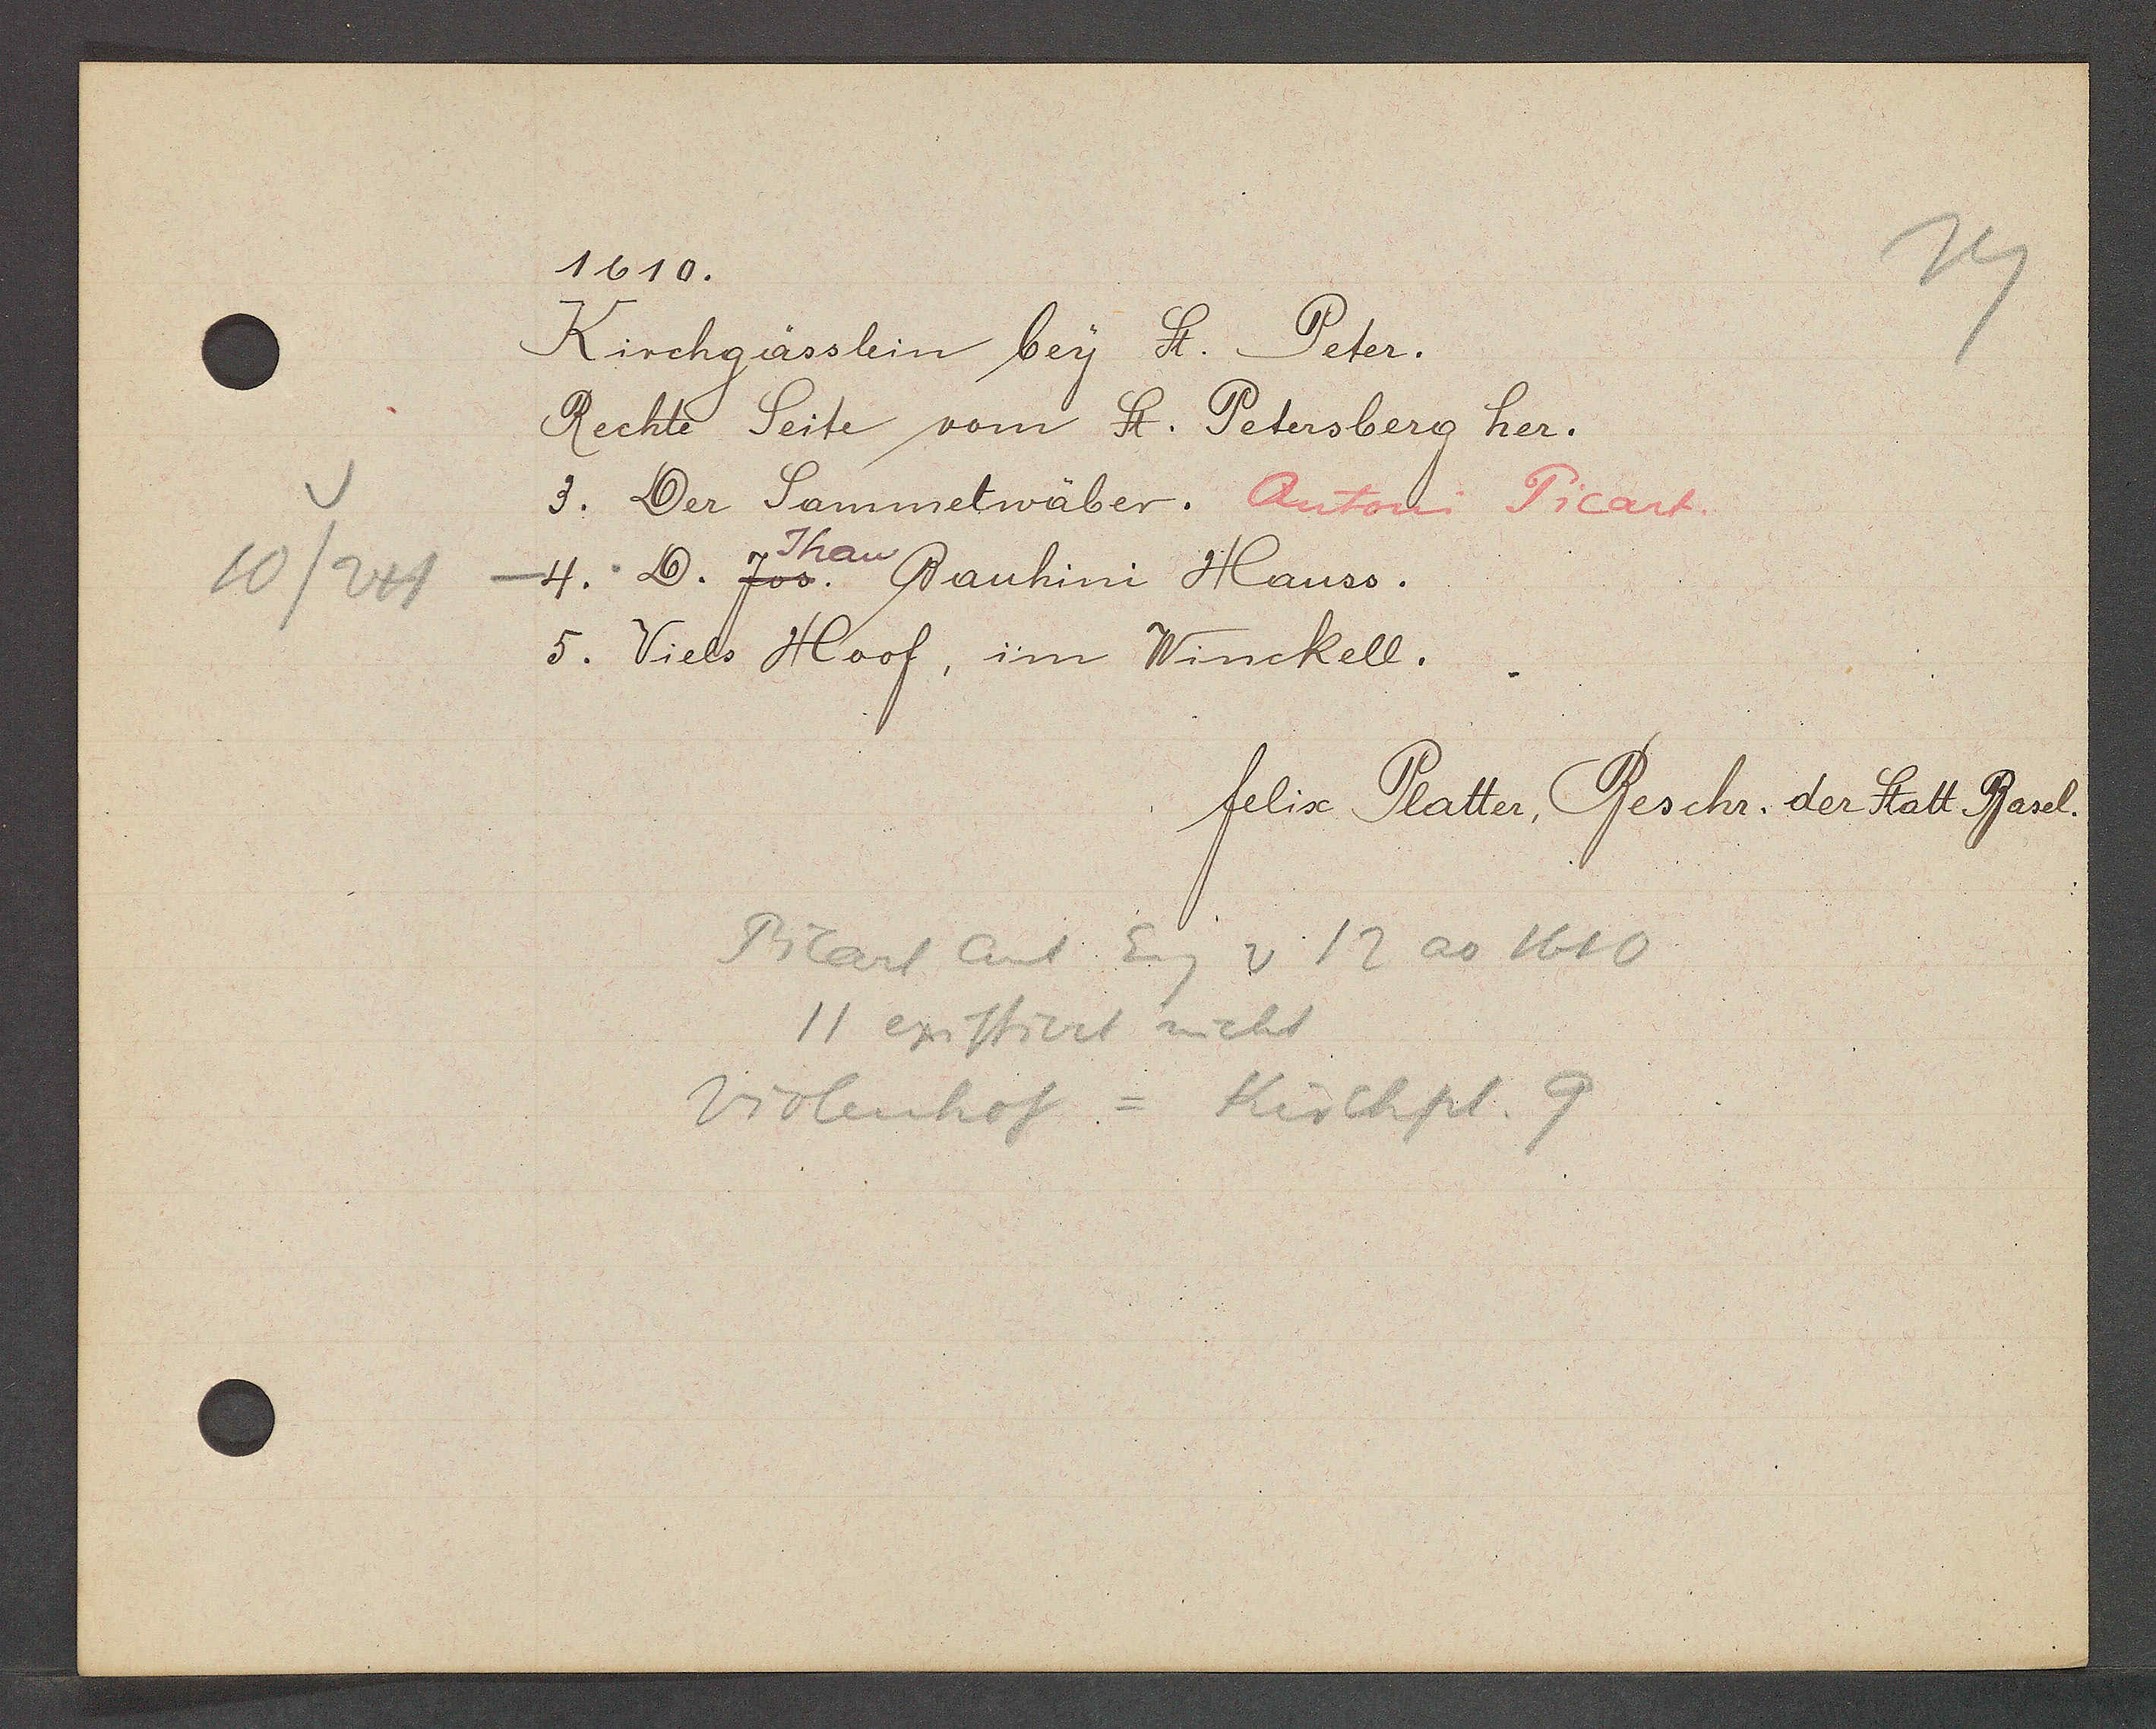
Transcript:
10/241

1610.

Kirchgässlein bey St. Peter.
Rechte Seite vom St. Petersberg her.
3. Der Sammelwäber, Antoni Picart.
Jhan
4. D. Jos. Bauhini Hauss.
5. Viels Hoof, im Winckell.

Picart Ant Eig v 12 ao 1610
11 existiert nicht
Violenhof = Kirchpl. 9

felix Platter, Beschr. der Statt Basel.